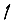
Digit: 1